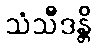
သံသီဒန္တိ